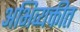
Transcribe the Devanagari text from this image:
अभिव्यक्तीत